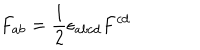
LaTeX: F _ { a b } = { \frac { 1 } { 2 } } \epsilon _ { a b c d } F ^ { c d }